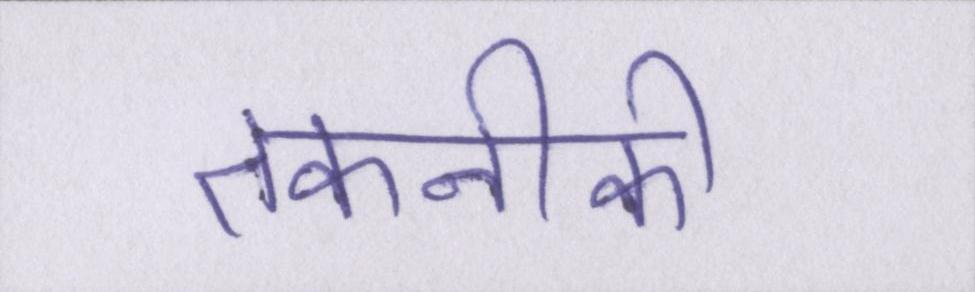
तकनीकी